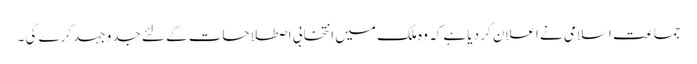
جماعت اسلامی نے اعلان کر دیا ہے کہ وہ ملک میں انتخابی اصطلاحات کے لئے جدوجہد کرے گی ۔